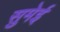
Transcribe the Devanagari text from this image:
सुमेई